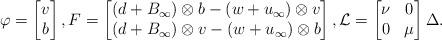
LaTeX: \begin{align*}\varphi=\begin{bmatrix}v \\b \\\end{bmatrix},F=\begin{bmatrix}(d+B_{\infty})\otimes b-(w+u_{\infty})\otimes v \\(d+B_{\infty})\otimes v-(w+u_{\infty})\otimes b \\\end{bmatrix},{\mathcal{L}}=\begin{bmatrix}\nu & 0 \\0 & \mu \\\end{bmatrix}\Delta.\end{align*}